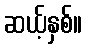
ဆယ့်နှစ်။